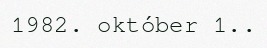
1982. október 1..